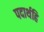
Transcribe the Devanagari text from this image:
पदार्थहि